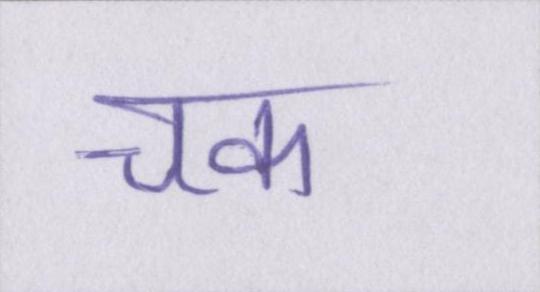
चक